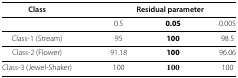
| Class | <COLSPAN=3> Residual parameter |
 | --- | --- | --- | --- |
 |  | 0.5 | 0.05 | 0.005 |
 | Class-1 (Stream) | 95 | 100 | 98.5 |
 | Class-2 (Flower) | 91.18 | 100 | 96.06 |
 | Class-3 (Jewel-Shaker) | 100 | 100 | 100 |